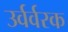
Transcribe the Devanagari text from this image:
उर्वर्वरक